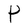
Character: P